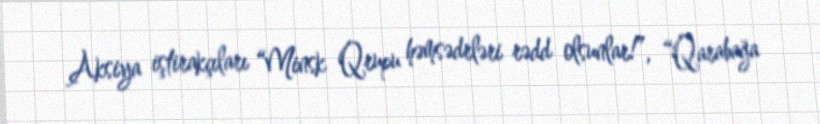
Aksiya iştirakçıları “Minsk Qrupu həmsədrləri rədd olsunlar!”, “Qarabağa